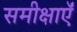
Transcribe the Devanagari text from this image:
समीक्षाऍं